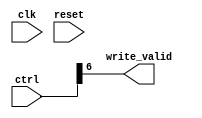
module PE_dummy #(
  // INPUT PARAMETERS
  parameter integer PE_BUF_ADDR_WIDTH   = 10,
  parameter integer OP_WIDTH            = 16,
  parameter integer ACC_WIDTH           = 16,
  parameter integer LAYER_NORM          = "NO"
)
(
  // PORTS
  input  wire                           clk,
  input  wire                           reset,
  input  wire [ CTRL_WIDTH    -1 : 0 ]  ctrl,
  output wire                           write_valid
);

// ******************************************************************
// LOCALPARAMS
// ******************************************************************
  localparam integer OP_CODE_WIDTH  = 3;
  localparam integer CTRL_WIDTH     = 8+2*PE_BUF_ADDR_WIDTH;
// ******************************************************************
// WIRES & REGS
// ******************************************************************
  // control
  wire                                fifo_push_norm;
  wire                                fifo_pop_norm;
  // data
  wire [ OP_WIDTH           -1 : 0 ]  data_in;
  wire [ OP_WIDTH           -1 : 0 ]  pe_buffer_write_data;
  wire [ OP_WIDTH           -1 : 0 ]  pe_buffer_read_data_d;
  wire                                data_valid;
  wire                                centre_data_valid;
  // fifo
  wire                                pe_buffer_write_req;
  wire                                pe_buffer_read_req;
  wire                                is_normalization;

  wire                                flush, flush_d;
  wire                                enable;
  wire [ OP_CODE_WIDTH      -1 : 0 ]  op_code;

  wire [ PE_BUF_ADDR_WIDTH  -1 : 0 ]  buf_rd_addr, buf_wr_addr;

  wire [ OP_WIDTH-1:0] conv_out;

// ******************************************************************
// LOGIC
// ******************************************************************

  assign {buf_rd_addr, buf_wr_addr,
    flush, write_valid, pe_buffer_write_req, pe_buffer_read_req, enable, op_code} = ctrl;

endmodule